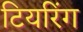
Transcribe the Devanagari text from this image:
टियरिंग